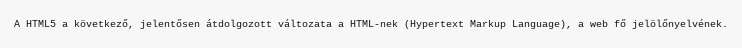
A HTML5 a következő, jelentősen átdolgozott változata a HTML-nek (Hypertext Markup Language), a web fő jelölőnyelvének.